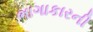
ભાગાકારની